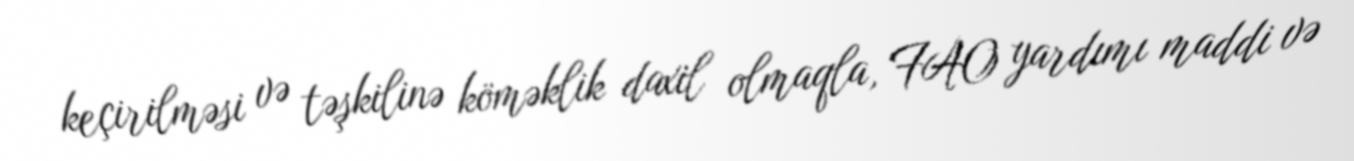
keçirilməsi və təşkilinə köməklik daxil olmaqla, FAO yardımı maddi və